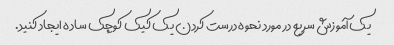
یک آموزش سریع در مورد نحوه درست کردن یک کیک کوچک ساده ایجاد کنید.